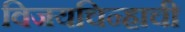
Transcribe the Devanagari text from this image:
विजयचिन्हाची